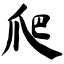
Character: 爬